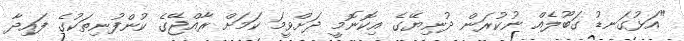
"އަޅުގަނޑު ގަބޫލެއް ނުކުރަން ދުނިޔޭގެ އިކޮނޮމީ ދަށްވީމަ ކަމަށް ރާއްޖޭގެ ކުންފުނިތަކުގެ ފައިދާ